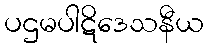
ပဌမပါဋိဒေသနီယ